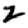
Digit: 2